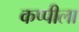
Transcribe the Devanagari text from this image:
कप्पीला